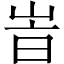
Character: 峕